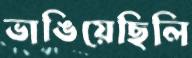
ভাঙিয়েছিলি